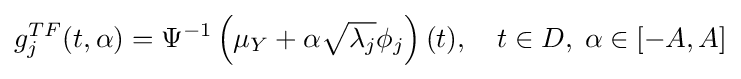
g_{j}^{TF}(t,\alpha )=\Psi ^{-1}\left(\mu _{Y}+\alpha {\sqrt {\lambda _{j}}}\phi _{j}\right)(t),\quad t\in D,\;\alpha \in [-A,A]